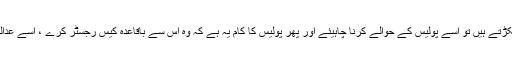
اور اگر کسی کو پکڑتے ہیں تو اُسے پولیس کے حوالے کرنا چاہیئے اور پھر پولیس کا کام یہ ہے کہ وہ اُس سے باقاعدہ کیس رجسٹر کرے ، اُسے عدالت میں پیش کرے۔